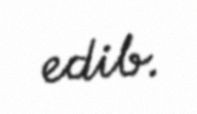
edib.